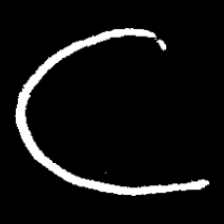
Pyu character \u2014 Myanmar letter: ဋ (romanized: tta)